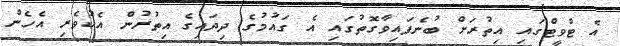
އެ ޓްވީޓްގައި އިތުރަށް ބުނެފައިވާގޮތުގައި އެ ގައުމުގެ ދިދައިގެ އިތުރުން އެކުވެރި އެހެން